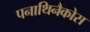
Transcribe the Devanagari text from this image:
पनाथिनैकोस